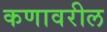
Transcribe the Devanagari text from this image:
कणावरील